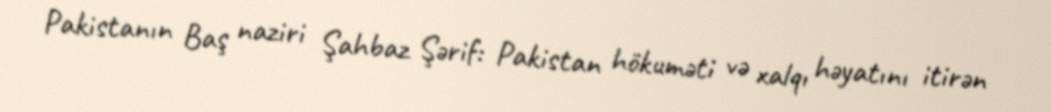
Pakistanın Baş naziri Şahbaz Şərif: Pakistan hökuməti və xalqı həyatını itirən